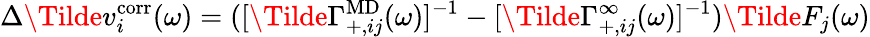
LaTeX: \Delta\Tilde{v}_{i}^{\mathrm{corr}}(\omega)=([\Tilde{\Gamma}_{+,ij}^{\mathrm{MD}}(\omega)]^{-1}-[\Tilde{\Gamma}_{+,ij}^{\infty}(\omega)]^{-1})\Tilde{F}_{j}(\omega)